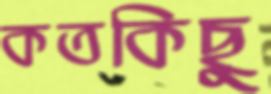
কতকিছু